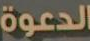
الدعوة